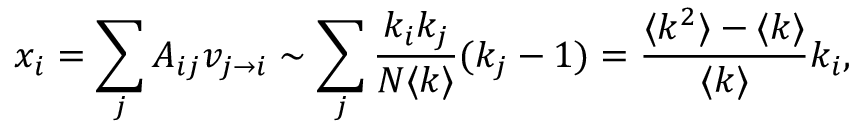
x _ { i } = \sum _ { j } A _ { i j } v _ { j \rightarrow i } \sim \sum _ { j } { \frac { k _ { i } k _ { j } } { N \langle k \rangle } ( k _ { j } - 1 ) } = \frac { \langle k ^ { 2 } \rangle - \langle k \rangle } { \langle k \rangle } k _ { i } ,